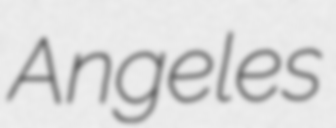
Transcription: Angeles